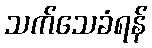
သက်သေခံရန်